Regulations for the medical services of the Army of India
Year: 1930
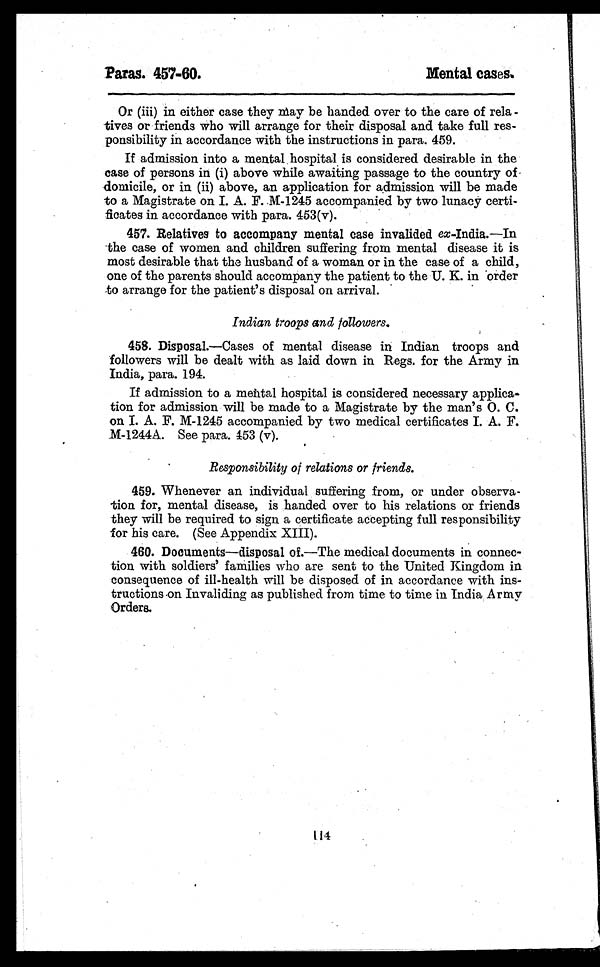
Paras. 457-60.
Mental cases.
Or (iii) in either case they may be handed over to the care of rela -
tives or friends who will arrange for their disposal and take full res-
ponsibility in accordance with the instructions in para. 459.
If admission into a mental hospital is considered desirable in the
case of persons in (i) above while awaiting passage to the country of
domicile, or in (ii) above, an application for admission will be made
to a Magistrate on I. A. F. M-1245 accompanied by two lunacy certi-
ficates in accordance with para. 453(v).
457. Relatives to accompany mental case invalided ex-India.—In
the case of women and children suffering from mental disease it is
most desirable that the husband of a woman or in the case of a child,
one of the parents should accompany the patient to the U. K. in order
to arrange for the patient's disposal on arrival.
Indian troops and followers.
458. Disposal.—Cases of mental disease in Indian troops and
followers will be dealt with as laid down in Regs. for the Army in
India, para. 194.
If admission to a mental hospital is considered necessary applica-
tion for admission will be made to a Magistrate by the man's O. C.
on I. A. F. M-1245 accompanied by two medical certificates I. A. F.
M-1244A. See para. 453 (v).
Responsibility of relations or friends.
459. Whenever an individual suffering from, or under observa-
tion for, mental disease, is handed over to his relations or friends
they will be required to sign a certificate accepting full responsibility
for his care. (See Appendix XIII).
460. Documents—disposal of.—The medical documents in connec-
tion with soldiers' families who are sent to the United Kingdom in
consequence of ill-health will be disposed of in accordance with ins-
tructions on Invaliding as published from time to time in India Army
Orders.
114